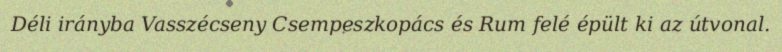
Déli irányba Vasszécseny Csempeszkopács és Rum felé épült ki az útvonal.